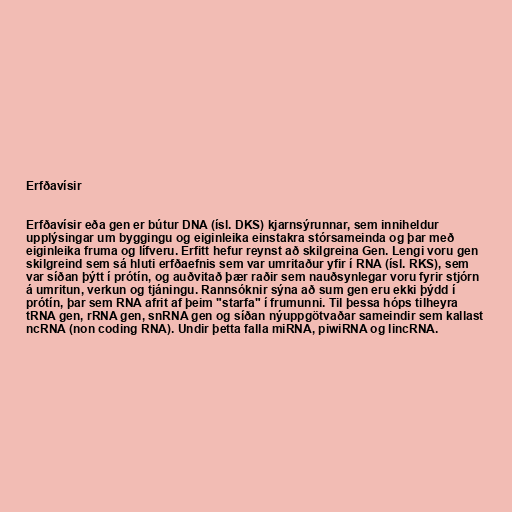
Erfðavísir

Erfðavísir eða gen er bútur DNA (ísl. DKS) kjarnsýrunnar, sem inniheldur
upplýsingar um byggingu og eiginleika einstakra stórsameinda og þar með
eiginleika fruma og lífveru. Erfitt hefur reynst að skilgreina Gen. Lengi voru gen
skilgreind sem sá hluti erfðaefnis sem var umritaður yfir í RNA (ísl. RKS), sem
var síðan þýtt í prótín, og auðvitað þær raðir sem nauðsynlegar voru fyrir stjórn
á umritun, verkun og tjáningu. Rannsóknir sýna að sum gen eru ekki þýdd í
prótín, þar sem RNA afrit af þeim "starfa" í frumunni. Til þessa hóps tilheyra
tRNA gen, rRNA gen, snRNA gen og síðan nýuppgötvaðar sameindir sem kallast
ncRNA (non coding RNA). Undir þetta falla miRNA, piwiRNA og lincRNA.